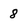
Character: 8